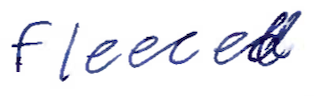
Text: fleeced
Cross-out: clean
Writing tool: ballpoint